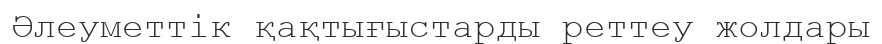
Әлеуметтік қақтығыстарды реттеу жолдары